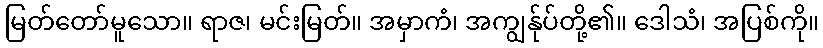
မြတ်တော်မူသော။ ရာဇ၊ မင်းမြတ်။ အမှာကံ၊ အကျွန်ုပ်တို့၏။ ဒေါသံ၊ အပြစ်ကို။